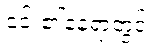
၎င်း၏နေရာတွင်